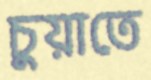
চুয়াতে